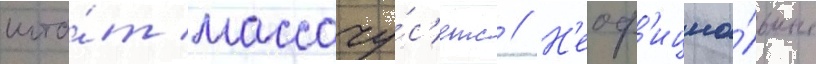
шта́т массачу́с'етс // Н'еоф'ициа́льные